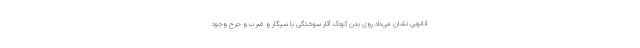
قانونی نشان می‌داد روی بدن کودک آثار سوختگی با سیگار و ضرب و جرح وجود